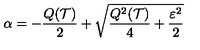
\alpha = - \frac { Q ( { \cal T } ) } { 2 } + \sqrt { \frac { Q ^ { 2 } ( { \cal T } ) } { 4 } + \frac { \varepsilon ^ { 2 } } { 2 } }